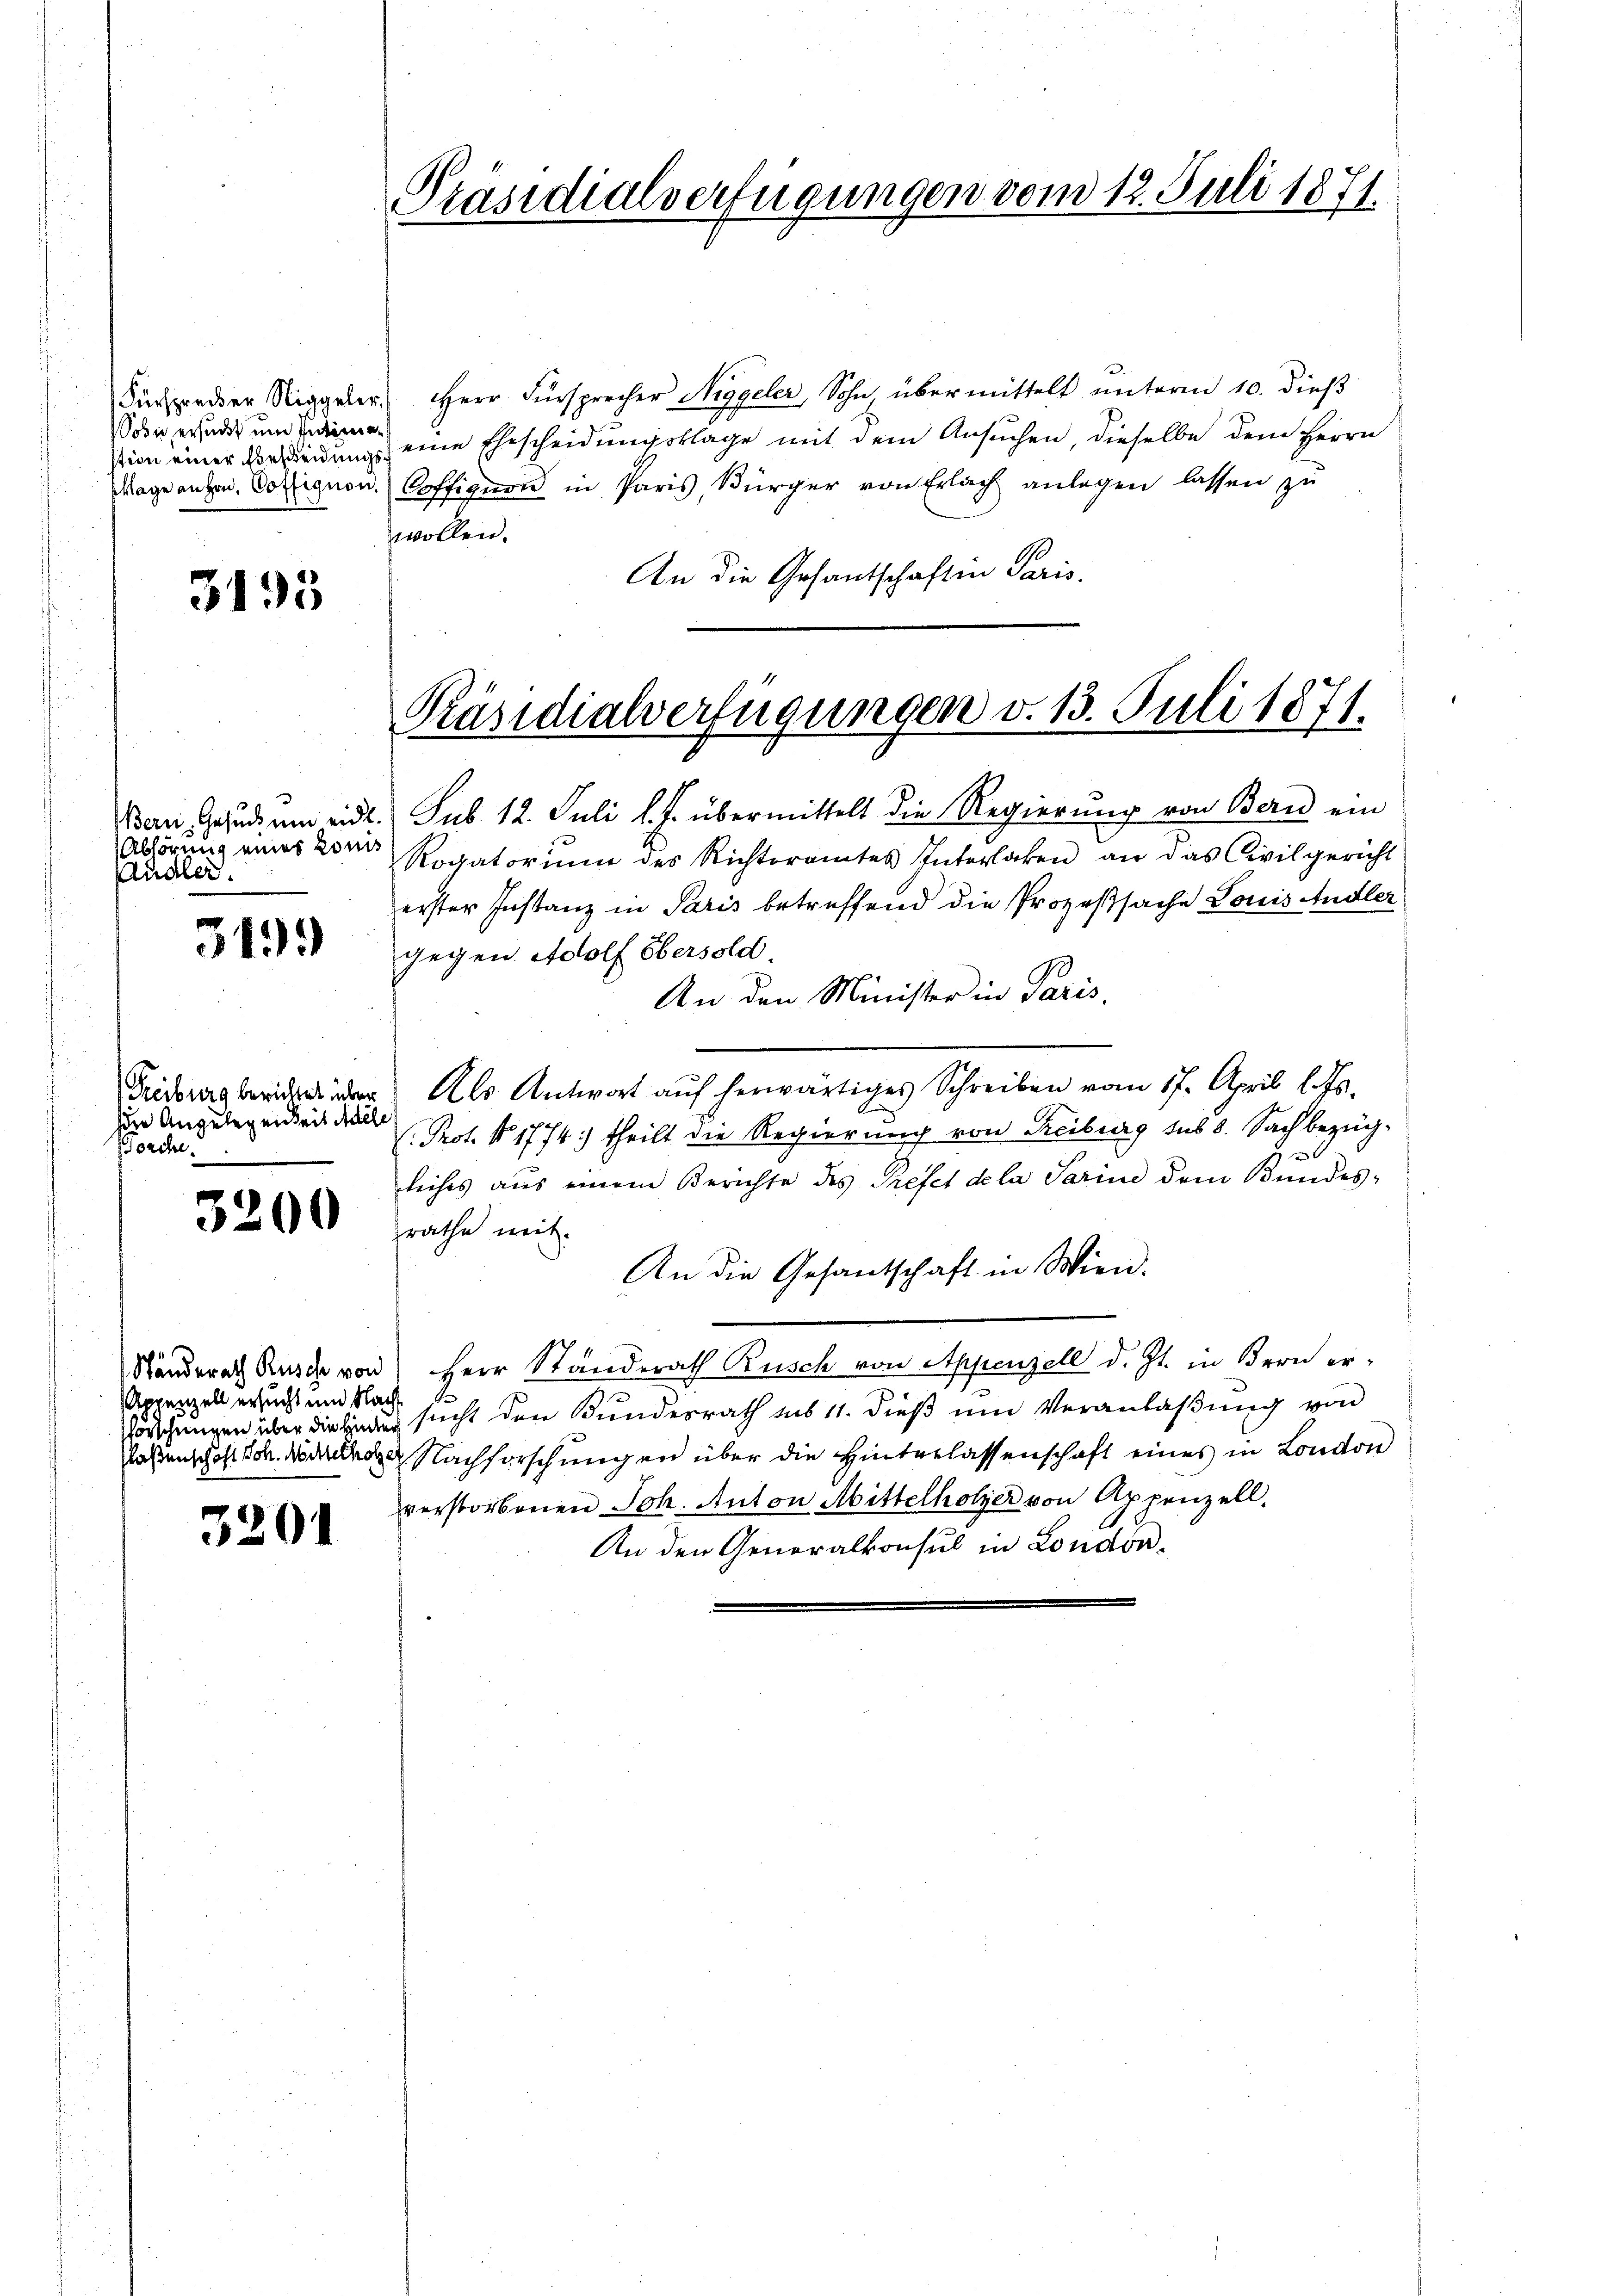
obis ersucht und Intime¬

3195

Abhörung eines konis
Ausler.

3199

sein Angelegenheit Adele
Porche

3200

Appenzell ersucht und Nacht

3201

Präsidialverfügungen vom 12. Juli 1871.

Fürspruder Niggeler. Herr Fürsprecher Siggeler, Sohn übermittelt unterm 10. dieß
sion einer Verleidungs eine Ehescheidungsklage mit dem Ansuchen, dieselbe dem Herrn
dage angen. Colignon. Soffignon in Paris, Bürger von Erlach anlagen lassen zu
wollen.
An die Gesantschaften Paris.

Präsidialverfügungen v. 13. Juli 1871.

Bern, Gesuch um eid. Sub. 12. Juli l. J. übermittelt die Regierung von Bern ein
Rogatorum des Richteramtes Interlaken an das Civilgericht
erster Instanz in Paris betreffend die Prozeßsache Louis Andler
gegen Adolf Obersold.
An den Minister in Paris,
Friders bericht der Als Antwort auf herwärtiges Schreiben vom 17. April l. Js.
Prot. No 1774) theilt die Regierung von Treiburg sub 8. Sach bezüg-

liches aus einem Berichte des Prefet de la Sarin dem Bundes-
rathe mit.
An die Gesantschaft in Wien.
Ränderath Rusche von Herr Standerath Rusch von Appenzell d. Js. in Bern er¬
Vorschungen über die Haus sucht den Bundesrath ins 11. dieß um Veranlaßung von
laßenschaft. Nachforschungen über die Hinterlassenschaft eines in London
verstorbenen Joh. Anton Abittelholzer von Appenzell.
B
An den Generalkonsul in London.